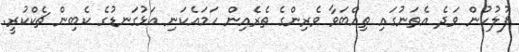
ފުލުހުން ވަދެ އެތަނުގައި ތިއްބަވާ ވެރިންގެ ތެރެއިން ހަމައެކަނި އަޅުގަނޑުގެ ކެބިން ޗެކްކުރީ.